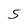
Character: S